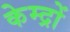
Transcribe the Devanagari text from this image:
केम्द्रों